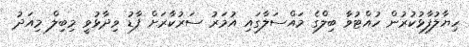
ހިޔާލުފާޅުކުރުން ހުއްޓުވާ ބިލްގެ މައްސަލާގައި އުމަރު ސަރުކާރަށް ފާޑު ވިދާޅުވީ މިބިލް މިއަދު